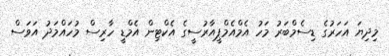
މިދިޔަ އަހަރުގެ ޑިސެމްބަރު މަހު އެމްއެމްޕީއާރުސީގެ އެކްޓިން އެމްޑީ ހާރިސް މުހައްމަދު އަވަސް